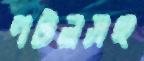
পটলসহ